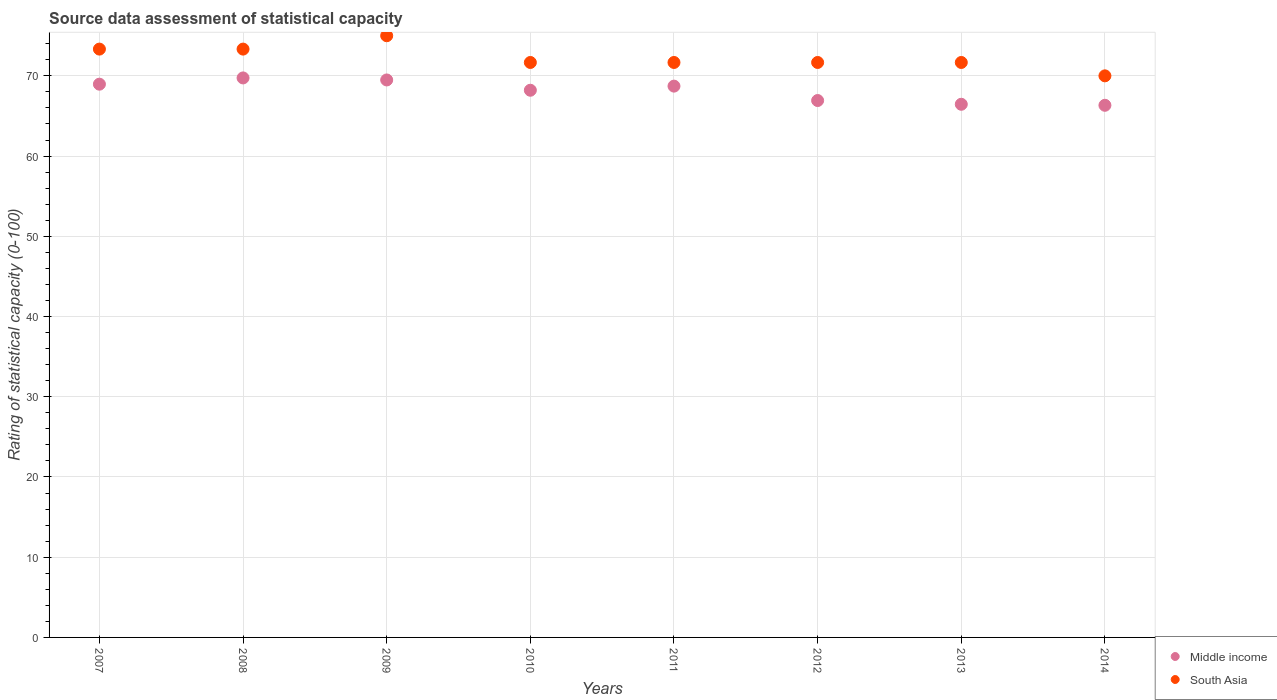
| Years | Middle income | South Asia |
 | --- | --- | --- |
 | 2007 | 69 | 73.3 |
 | 2008 | 69.7 | 73.3 |
 | 2009 | 69.5 | 75 |
 | 2010 | 68.2 | 71.7 |
 | 2011 | 68.7 | 71.7 |
 | 2012 | 66.9 | 71.7 |
 | 2013 | 66.5 | 71.7 |
 | 2014 | 66.3 | 70 |